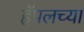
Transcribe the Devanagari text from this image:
हॅपलच्या